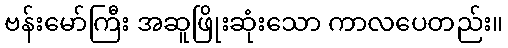
ဗန်းမော်ကြီး အဆူဖြိုးဆုံးသော ကာလပေတည်း။